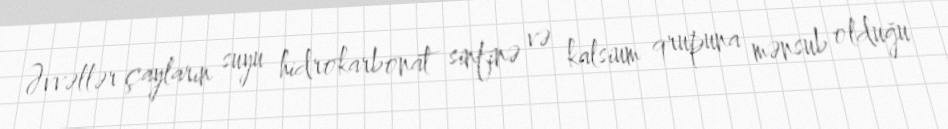
Əvvəllər çayların suyu hidrokarbonat sinfinə və kalsium qrupuna mənsub olduğu